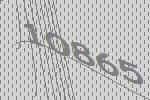
10865